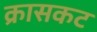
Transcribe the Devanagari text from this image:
क्रासकट